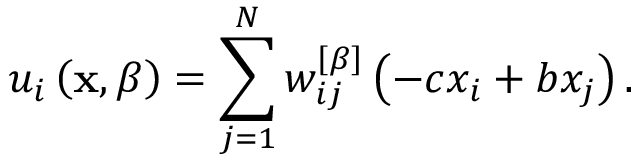
u _ { i } \left( \mathbf { x } , \beta \right) = \sum _ { j = 1 } ^ { N } w _ { i j } ^ { \left[ \beta \right] } \left( - c x _ { i } + b x _ { j } \right) .